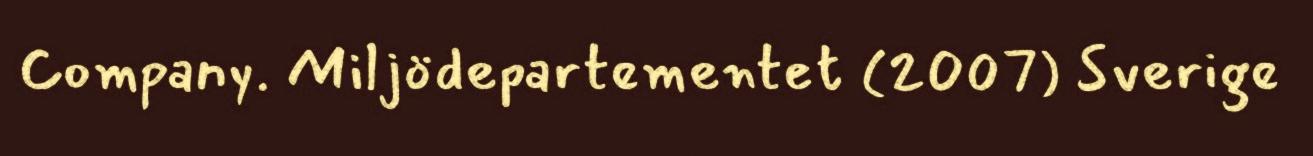
Company. Miljödepartementet (2007) Sverige